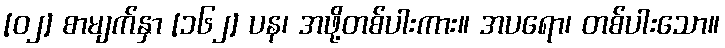
[၀၂] စာမျက်နှာ [၁၆၂] ပန၊ အဖို့တစ်ပါးကား။ အပရော၊ တစ်ပါးသော။